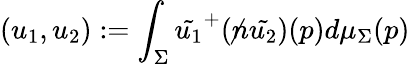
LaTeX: (u_{1},u_{2}):=\int_{\Sigma}\tilde{u_{1}}^{+}({\not n}\tilde{u_{2}})(p)d\mu_{\Sigma}(p)